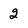
Character: 2